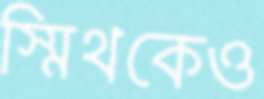
স্মিথকেও